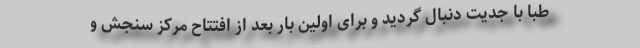
طبا با جدیت دنبال گردید و برای اولین بار بعد از افتتاح مرکز سنجش و